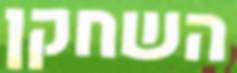
השחקן